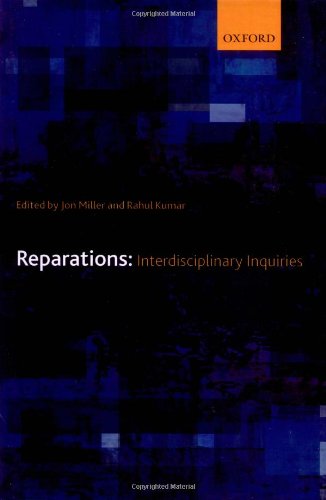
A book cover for Reparations: Interdisciplinary Inquiries; Business & Money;